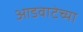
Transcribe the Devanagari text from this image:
आडवाटेच्या